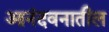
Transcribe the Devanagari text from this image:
आनंदवनातील